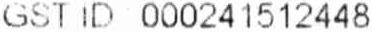
GST ID 000241512448